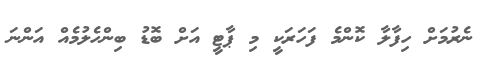
ނެރުމަށް ހިފާލާ ކޮންމެ ފަހަރަކީ މި ޕާޓީ އަށް ބޮޑު ބިންހެލުމެއް އަންނަ